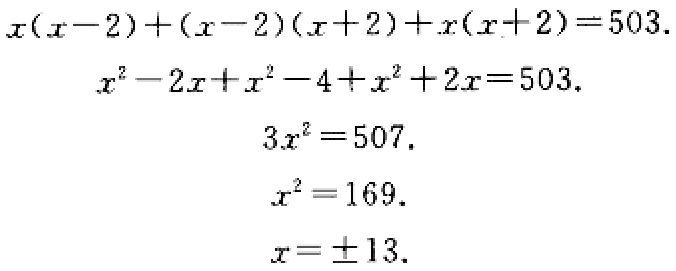
\[
\begin{align*}
x(x - 2)+(x - 2)(x + 2)+x(x + 2)&=503\\
x^{2}-2x+x^{2}-4+x^{2}+2x&=503\\
3x^{2}&=507\\
x^{2}&=169\\
x&=\pm13
\end{align*}
\]